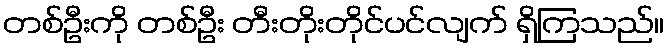
တစ်ဦးကို တစ်ဦး တီးတိုးတိုင်ပင်လျက် ရှိကြသည်။